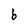
Character: b